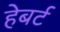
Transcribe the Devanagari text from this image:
हेबर्ट